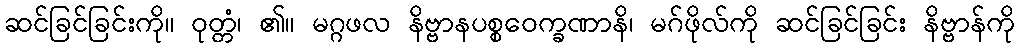
ဆင်ခြင်ခြင်းကို။ ဝုတ္တံ၊ ၏။ မဂ္ဂဖလ နိဗ္ဗာနပစ္စဝေက္ခဏာနိ၊ မဂ်ဖိုလ်ကို ဆင်ခြင်ခြင်း နိဗ္ဗာန်ကို